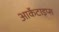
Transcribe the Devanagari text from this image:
आर्केटाइप्स